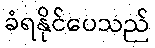
ခံရနိုင်ပေသည်